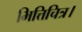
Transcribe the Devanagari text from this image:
भित्तिचित्र।